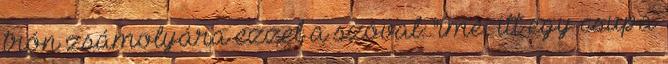
trón zsámolyára ezzel a szóval: "ime, itt egy csupa